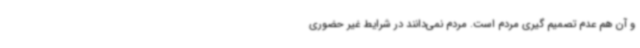
و آن هم عدم تصمیم گیری مردم است. مردم نمی‌دانند در شرایط غیر حضوری